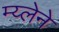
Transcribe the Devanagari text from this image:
म्य्लेने